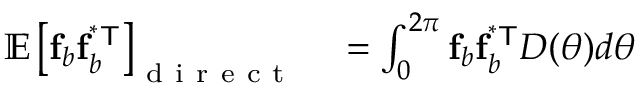
\begin{array} { r l } { \mathbb { E } \left[ \mathbf { f } _ { b } \mathbf { f } _ { b } ^ { \mathsf { ^ { * } T } } \right] _ { \mathrm { ~ d ~ i ~ r ~ e ~ c ~ t ~ } } } & { { } = \int _ { 0 } ^ { 2 \pi } \mathbf { f } _ { b } \mathbf { f } _ { b } ^ { \mathsf { ^ { * } T } } D ( \theta ) d \theta } \end{array}